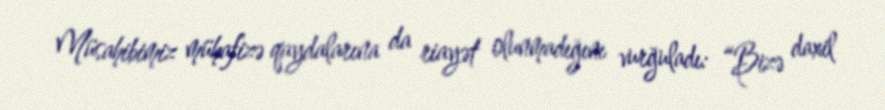
Müsahibimiz mühafizə qaydalarına da riayət olunmadığını vurğuladı: “Bizə daxil